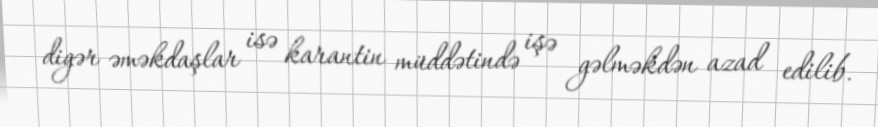
digər əməkdaşlar isə karantin müddətində işə gəlməkdən azad edilib.